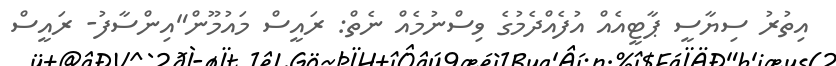
އިތުރު ސިޔާސީ ޕާޓީއެއް އުފެއްދެމުގެ ވިސްނުމެއް ނެތް: ރައީސް މައުމޫން"އިންސާފު- ރައީސް